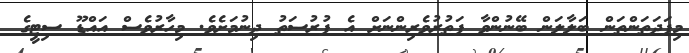
މިފަދަތަންތަން ބަލާލަން ބޭނުންވާ ފަތުރުވެރިންނަށް އެ ފުރުސަތު ދިނުމަށެވެ. މިހާރުވެސް އައްޑޫ ސިޓީގެ